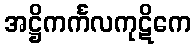
အဋ္ဌိကင်္ကလကုဋိကေ